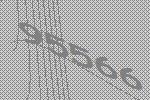
95566